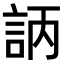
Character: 𧦿